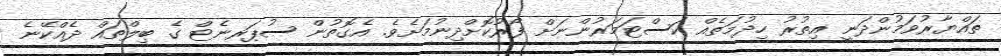
ތައްޔާރުވަމުންދަނީ އިތުރު ހިދުމަތެއް ކަސްޓަމަރުންނަށް ފޯރުކޮށްދިނުމަށެވެ. އެގޮތުން ސުޕަރނެޓް ގެ ބިލްތައް ދެއްކޭނެ